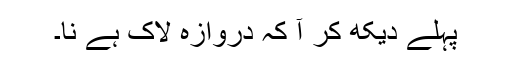
پہلے دیکھ کر آ کہ دروازہ لاک ہے نا۔